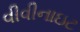
વીવીનાઇટ